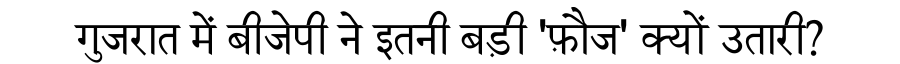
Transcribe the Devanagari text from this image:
गुजरात में बीजेपी ने इतनी बड़ी 'फ़ौज' क्यों उतारी?